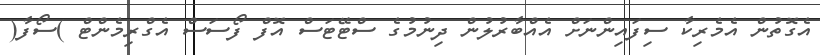
އެގޮތުން އެމެރިކާ ސިފައިންނަށް އެއްބާރުލުން ދިނުމުގެ ސްޓޭޓަސް އޮފް ފޯސަސް އެގްރިމެންޓް )ސޯފާ(